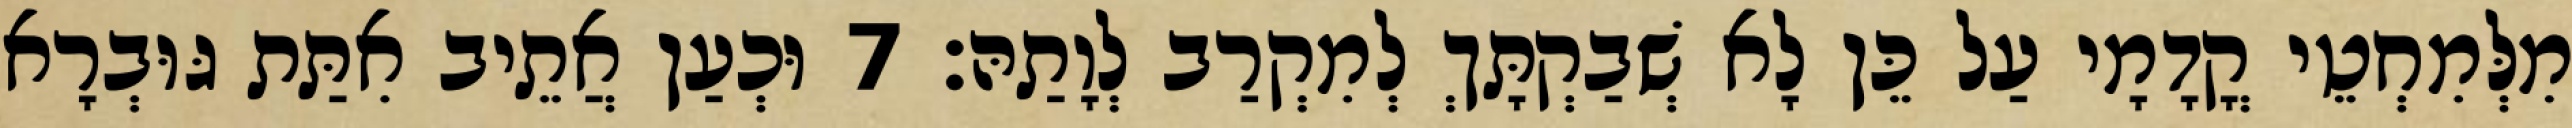
מִלְּמִחְטֵי קֳדָמָי עַל כֵּן לָא שְׁבַקְתָּךְ לְמִקְרַב לְוָתַהּ׃ 7 וּכְעַן אֲתֵיב אִתַּת גּוּבְרָא